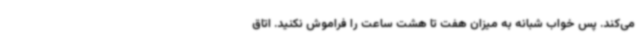
می‌کند. پس خواب شبانه به میزان هفت تا هشت ساعت را فراموش نکنید. اتاق